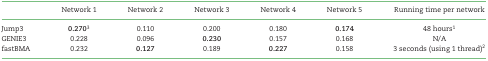
<table><thead><tr><td></td><td><b>Network 1</b></td><td><b>Network 2</b></td><td><b>Network 3</b></td><td><b>Network 4</b></td><td><b>Network 5</b></td><td><b>Running time per network</b></td></tr></thead><tbody><tr><td>Jump3</td><td><b>0.270</b><sup>3</sup></td><td>0.110</td><td>0.200</td><td>0.180</td><td><b>0.174</b></td><td>48 hours<sup>1</sup></td></tr><tr><td>GENIE3</td><td>0.228</td><td>0.096</td><td><b>0.230</b></td><td>0.157</td><td>0.168</td><td>N/A</td></tr><tr><td>fastBMA</td><td>0.232</td><td><b>0.127</b></td><td>0.189</td><td><b>0.227</b></td><td>0.158</td><td>3 seconds (using 1 thread)<sup>2</sup></td></tr></tbody></table>